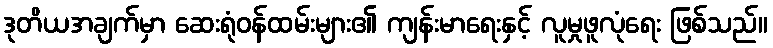
ဒုတိယအချက်မှာ ဆေးရုံဝန်ထမ်းများ၏ ကျန်းမာရေးနှင့် လူမှုဖူလုံရေး ဖြစ်သည်။